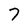
Character: 7